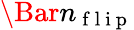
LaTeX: \Bar{n}_{\mathrm{~f~l~i~p~}}